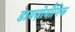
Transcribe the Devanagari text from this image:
डायज़ोयौगिक